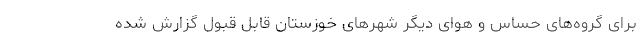
برای گروه‌های حساس و هوای دیگر شهرهای خوزستان قابل قبول گزارش شده